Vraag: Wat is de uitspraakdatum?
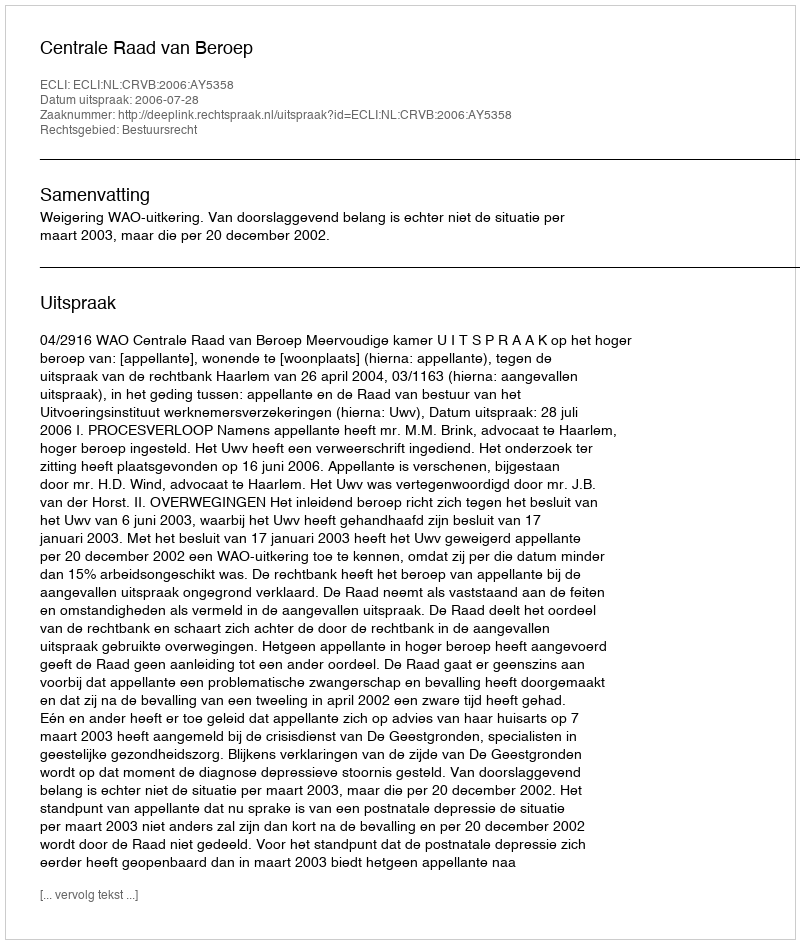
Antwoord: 2006-07-28